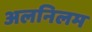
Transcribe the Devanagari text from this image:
अलनिलम